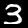
Digit: 3